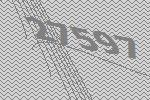
27597